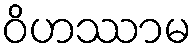
ဝိဟဿာမ